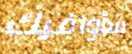
سأوافيك